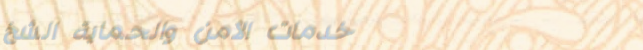
خدمات الأمن والحماية الشخ